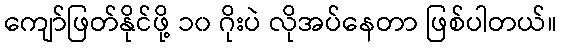
ကျော်ဖြတ်နိုင်ဖို့ ၁၀ ဂိုးပဲ လိုအပ်နေတာ ဖြစ်ပါတယ်။